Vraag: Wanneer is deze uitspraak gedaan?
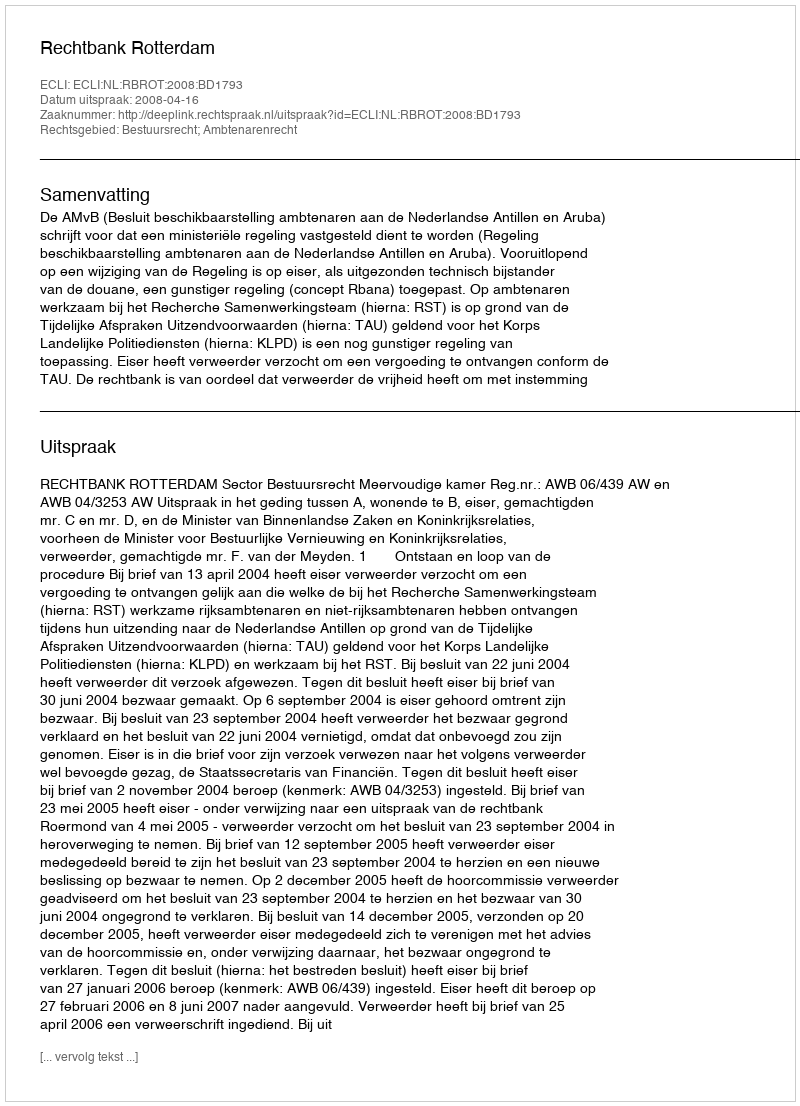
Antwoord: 2008-04-16